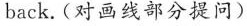
back.(对画线部分提问)